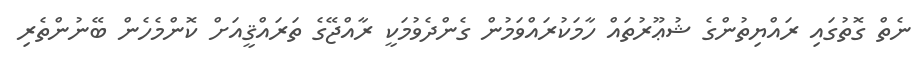
ނެތް ގޮތުގައި ރައްޔިތުންގެ ޝުޢޫރުތައް ހާމަކުރައްވަމުން ގެންދެވުމަކީ ރާއްޖޭގެ ތަރައްޤީއަށް ކޮންމެހެން ބޭނުންތެރި